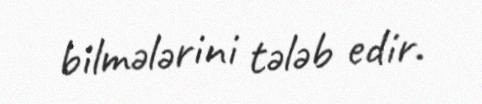
bilmələrini tələb edir.